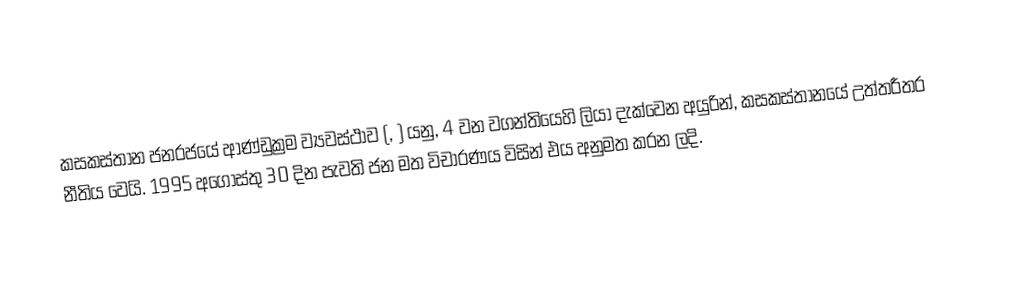
කසකස්තාන ජනරජයේ ආණ්ඩුක්‍රම ව්‍යවස්ථාව (, ) යනු, 4 වන වගන්තියෙහි ලියා දැක්වෙන අයුරින්, කසකස්තානයේ උත්තරීතර නීතිය වෙයි. 1995 අගෝස්තු 30 දින පැවති ජන මත විචාරණය විසින් එය අනුමත කරන ලදි.